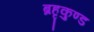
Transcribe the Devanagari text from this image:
ब्रहृकुण्ड